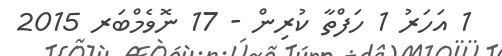
1 އަހަރު 1 ހަފްތާ ކުރިން - 17 ނޮވެމްބަރ 2015